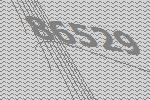
86529